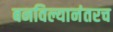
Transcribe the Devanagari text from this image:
बनविल्यानंतरच